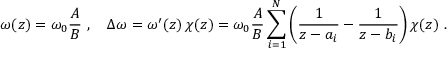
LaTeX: \omega ( z ) = \omega _ { 0 } { \frac { \cal A } { \cal B } } \ , \quad \Delta \omega = \omega ^ { \prime } ( z ) \, \chi ( z ) = \omega _ { 0 } { \frac { \cal A } { \cal B } } \sum _ { i = 1 } ^ { \cal N } \left( { \frac { 1 } { z - a _ { i } } } - { \frac { 1 } { z - b _ { i } } } \right) \chi ( z ) \ .